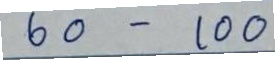
60 - 100